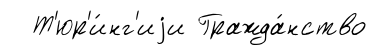
Т'юр'и́нг'иjи Гражда́нство